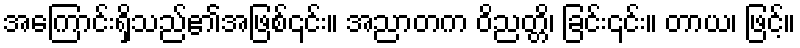
အကြောင်းရှိသည်၏အဖြစ်၎င်း။ အညာတက ဝိညတ္တိ၊ ခြင်း၎င်း။ တာယ၊ ဖြင့်။